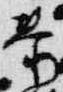
泰